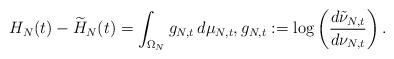
LaTeX: \begin{align*} H_N(t) - \widetilde H_N(t) = \int_{\Omega_N} g_{N,t}\,d\mu_{N,t}, g_{N,t}:=\log \left( \frac{d\tilde\nu_{N,t}}{d\nu_{N,t}} \right).\end{align*}